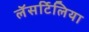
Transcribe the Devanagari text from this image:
लॅसर्टिलिया